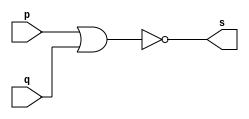
// Exercicio02 - NOR 
// Nome: Roger Rubens Machado 

// -- nor gate

module norgate (output s, input p, input q);
 assign s = (~(p | q));
endmodule // norgate

module testnorgate;
 reg a, b;
 wire s;
 
norgate NOR1 (s, a, b);

initial begin: start
	a = 0;
	b = 0;
end

initial begin: main
	$display("Exercicio02 - Roger Rubens Machado - 430533"); 
	$display("Test nor gate");
	$display("\n\t\t\t(~(a | b)) = s\n");
	#1 a = 0; b = 0;
	$monitor("%d\t(~(%b | %b) = %b", $time,a, b, s);
	#1 a = 0; b = 1;
	#1 a = 1; b = 0;
	#1 a = 1; b = 1;
end
endmodule // testnorgate